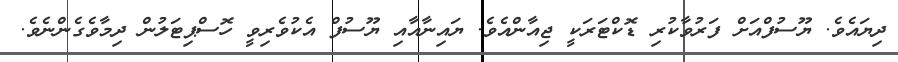
ދިޔައެވެ. ޔޫސުފްއަށް ފަރުވާކުރި ޑޮކްޓަރަކީ ޖިއާންއެވެ. ޔައިނާއާއި ޔޫސުފް އެކުވެރިވީ ހޮސްޕިޓަލުން ދިމާވެގެންނެވެ.